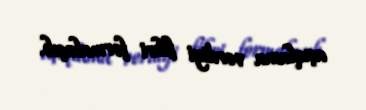
açıqlama verdiyi fikri formalaşıb.